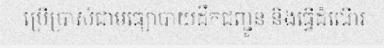
ប្រើប្រាស់ជាមធ្យោបាយដឹកជញ្ជូន និងធ្វើដំណើរ